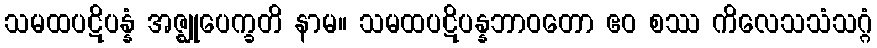
သမထပဋိပန္နံ အဇ္ဈုပေက္ခတိ နာမ။ သမထပဋိပန္နဘာဝတော ဧဝ စဿ ကိလေသသံသဂ္ဂံ